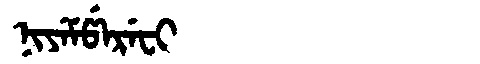
Manchu: ᠨᡳᠶᡝᠮᡦᡝᡵᡝᠸᡳ
Romanization: NIYEMPEREFI